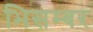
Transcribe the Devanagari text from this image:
भिसम्बर